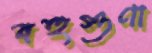
বহুগুণা